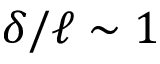
\delta / \ell \sim 1